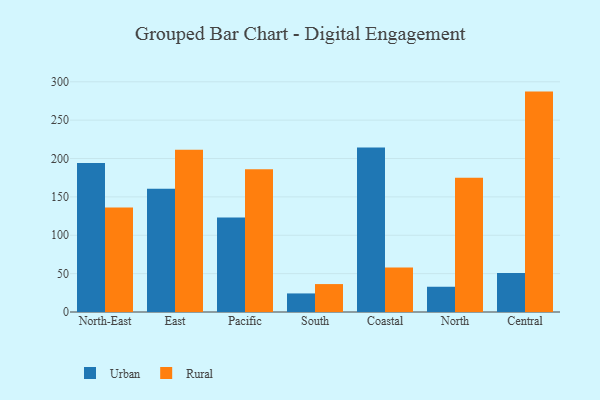
{"axis": {"x": "Region", "y": "Active Users"}, "legend": ["Rural", "Urban"], "data": [{"x": "North-East", "y": 194.0, "type": "Urban"}, {"x": "North-East", "y": 136.3, "type": "Rural"}, {"x": "East", "y": 160.5, "type": "Urban"}, {"x": "East", "y": 211.4, "type": "Rural"}, {"x": "Pacific", "y": 123.0, "type": "Urban"}, {"x": "Pacific", "y": 186.1, "type": "Rural"}, {"x": "South", "y": 24.2, "type": "Urban"}, {"x": "South", "y": 36.4, "type": "Rural"}, {"x": "Coastal", "y": 214.4, "type": "Urban"}, {"x": "Coastal", "y": 58.0, "type": "Rural"}, {"x": "North", "y": 32.9, "type": "Urban"}, {"x": "North", "y": 175.1, "type": "Rural"}, {"x": "Central", "y": 50.7, "type": "Urban"}, {"x": "Central", "y": 287.2, "type": "Rural"}]}